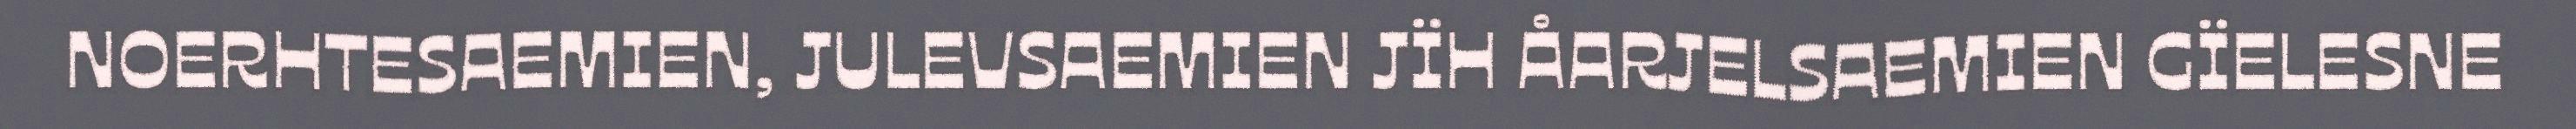
NOERHTESAEMIEN, JULEVSAEMIEN JÏH ÅARJELSAEMIEN GÏELESNE